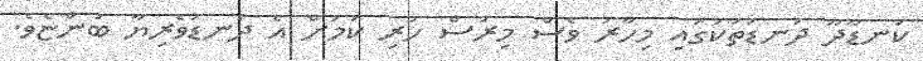
ކަނޑޫދޫ ދަނޑުތަކުގައި މިހާރު ވެސް މިރުސް ހުރި ކަމަށް އެ ދަނޑުވެރިޔާ ބުންޏެވެ.